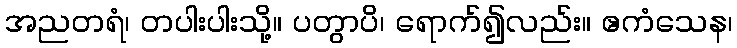
အညတရံ၊ တပါးပါးသို့။ ပတွာပိ၊ ရောက်၍လည်း။ ဧကံသေန၊